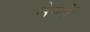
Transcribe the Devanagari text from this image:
नेणों